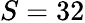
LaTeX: S=32